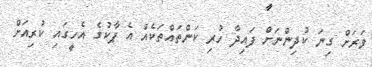
ވަރަށް ގިނަ ކުދިންނަށް ފައިދާ ހުރި ކަންތައްތަކެއް އެ ޕާކުގެ އެހީގައި ކުރިއަށް